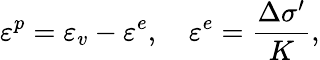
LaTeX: \varepsilon^{p}=\varepsilon_{v}-\varepsilon^{e},\quad\varepsilon^{e}=\frac{\Delta\sigma^{\prime}}{K},